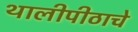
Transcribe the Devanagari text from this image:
थालीपीठाचे